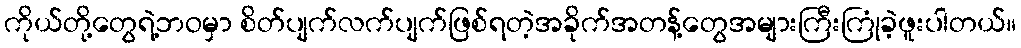
ကိုယ်တို့တွေရဲ့ဘဝမှာ စိတ်ပျက်လက်ပျက်ဖြစ်ရတဲ့အခိုက်အတန့်တွေအများကြီးကြုံခဲ့ဖူးပါတယ်။